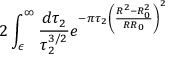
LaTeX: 2 \int _ { \epsilon } ^ { \infty } \frac { d \tau _ { 2 } } { \tau _ { 2 } ^ { 3 / 2 } } e ^ { - \pi \tau _ { 2 } \left( \frac { R ^ { 2 } - R _ { 0 } ^ { 2 } } { R R _ { 0 } } \right) ^ { 2 } }